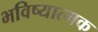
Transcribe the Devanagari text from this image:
भविष्यात्मक